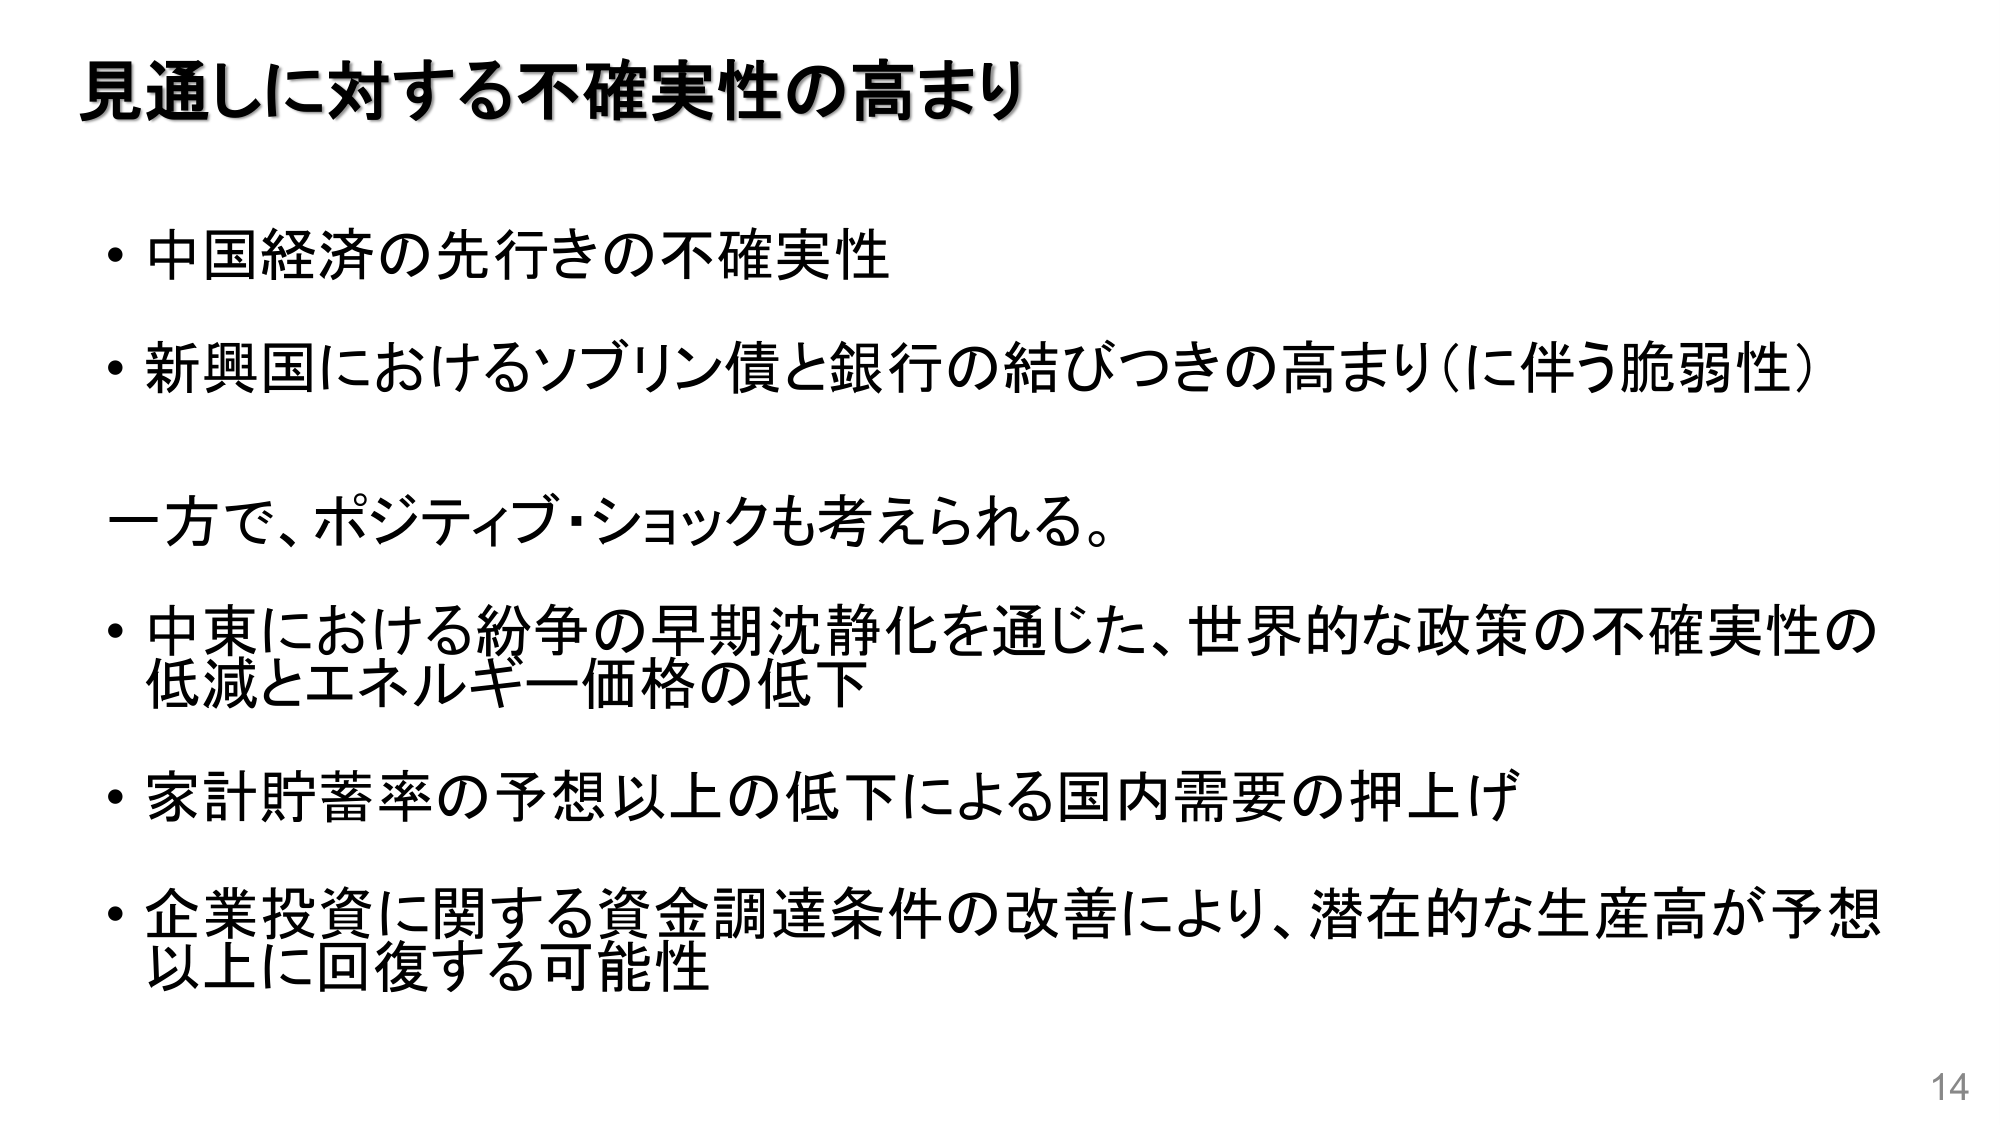
見通しに対する不確実性の高まり

・中国経済の先行きの不確実性
・新興国におけるソブリン債と銀行の結びつきの高まり（に伴う脆弱性）

一方で、ポジティブ・ショックも考えられる。

・中東における紛争の早期沈静化を通じた、世界的な政策の不確実性の低減とエネルギー価格の低下
・家計貯蓄率の予想以上の低下による国内需要の押上げ
・企業投資に関する資金調達条件の改善により、潜在的な生産高が予想以上に回復する可能性

14